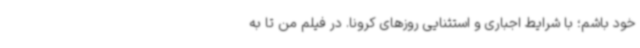
خود باشم؛ با شرایط اجباری و استثنایی روزهای کرونا. در فیلم من تا به